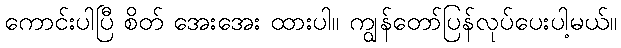
ကောင်းပါပြီ စိတ် အေးအေး ထားပါ။ ကျွန်တော်ပြန်လုပ်ပေးပါ့မယ်။